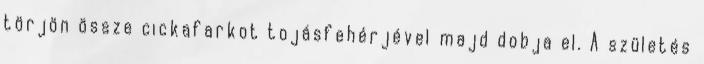
törjön össze cickafarkot tojásfehérjével majd dobja el. A születés